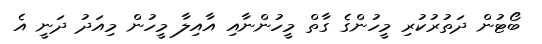
ބޯޓުން ދަތުރުކުރި މީހުންގެ ގާތް މީހުންނާއި އާއިލާ މީހުން މިއަދު ދަނީ އެ